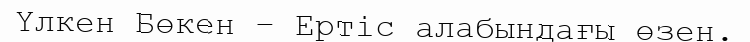
Үлкен Бөкен – Ертіс алабындағы өзен.